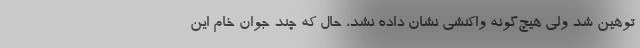
توهین شد ولی هیچ‌گونه واکنشی نشان داده نشد، حال که چند جوان خام این